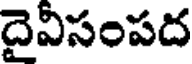
దైవీసంపద